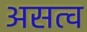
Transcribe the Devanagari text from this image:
असत्व